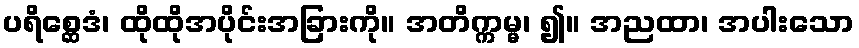
ပရိစ္ဆေဒံ၊ ထိုထိုအပိုင်းအခြားကို။ အတိက္ကမ္မ၊ ၍။ အညထာ၊ အပါးသော